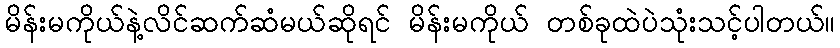
မိန်းမကိုယ်နဲ့လိင်ဆက်ဆံမယ်ဆိုရင် မိန်းမကိုယ် တစ်ခုထဲပဲသုံးသင့်ပါတယ်။